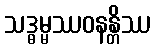
သဒ္ဓမ္မဿဝနန္တိဿ